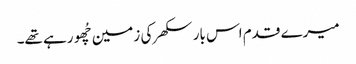
میرے قدم اس بار سکھر کی زمین چُھو رہے تھے۔